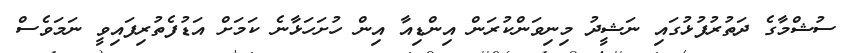
ސުޝްމާގެ ދަތުރުފުޅުގައި ނަޝީދު މިނިވަންކުރަން އިންޑިއާ އިން ހުށަހަޅާނެ ކަމަށް އަޑުފެތުރިިފައިވީ ނަމަވެސް